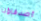
أصدقاؤنا